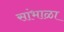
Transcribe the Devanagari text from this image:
सांभाळा